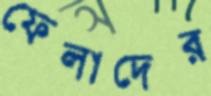
ফেলাদের